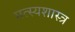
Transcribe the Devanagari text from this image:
मत्स्यशास्त्र